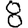
Digit: 8